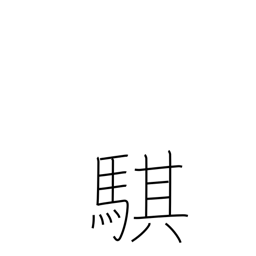
Meaning: fast horse